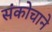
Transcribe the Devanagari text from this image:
संकोचाने